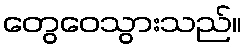
တွေဝေသွားသည်။